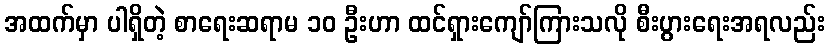
အထက်မှာ ပါရှိတဲ့ စာရေးဆရာမ ၁၀ ဦးဟာ ထင်ရှားကျော်ကြားသလို စီးပွားရေးအရလည်း